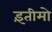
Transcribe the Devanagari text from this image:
इंतीमो